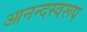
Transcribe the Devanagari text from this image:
आनन्दस्वरूप